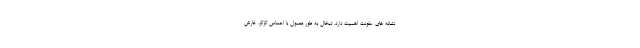
نشانه های عفونت اهمیت دارد. تبخال به طور معمول با احساس گزگز، خارش